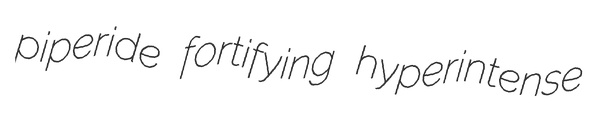
piperide fortifying hyperintense